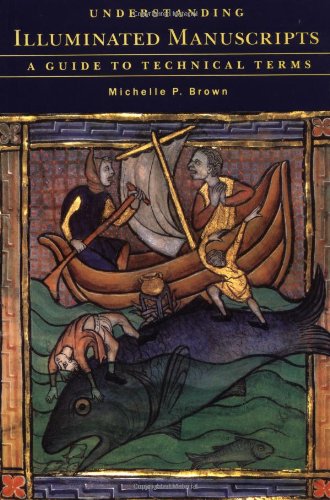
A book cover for Understanding Illuminated Manuscripts: A Guide to Technical Terms (Looking At); Michelle Brown; Arts & Photography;